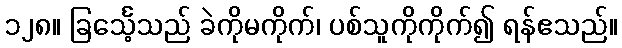
၁၂၈။ ခြင်္သေ့သည် ခဲကိုမကိုက်၊ ပစ်သူကိုကိုက်၍ ရန်ဧသည်။